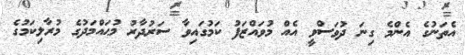
އެތަނުގެ އެންމެ ގިނަ ދުވަސްވީ އެއް މުވައްޒަފު ކަމުގައިވާ ސަރުދާރު މުޙައްމަދުގެ މުރާލިކަމުގެ